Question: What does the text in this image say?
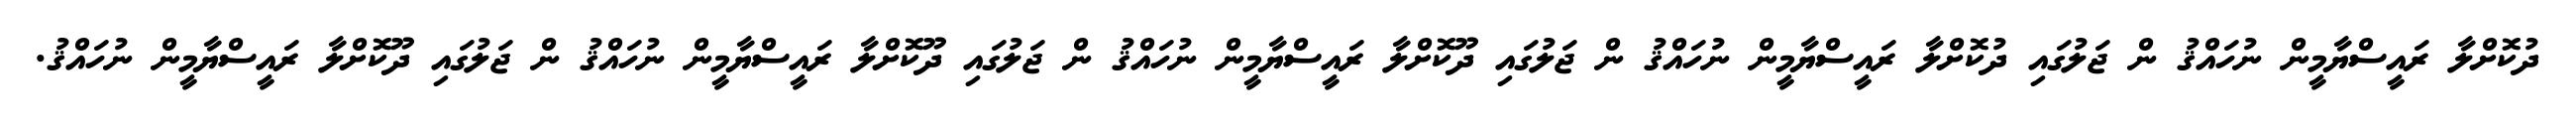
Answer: ދުކޮށްލާ ރައީސްޔާމީން ނުހައްޤު ން ޖަލުގައި ދުކޮށްލާ ރައީސްޔާމީން ނުހައްޤު ން ޖަލުގައި ދޫކޮށްލާ ރައީސްޔާމީން ނުހައްޤު ން ޖަލުގައި ދޫކޮށްލާ ރައީސްޔާމީން ނުހައްޤު ން ޖަލުގައި ދޫކޮށްލާ ރައީސްޔާމީން ނުހައްޤު.